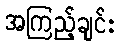
အကြည့်ချင်း